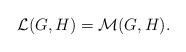
LaTeX: \begin{align*}\mathcal{L}(G,H)=\mathcal{M}(G,H).\end{align*}